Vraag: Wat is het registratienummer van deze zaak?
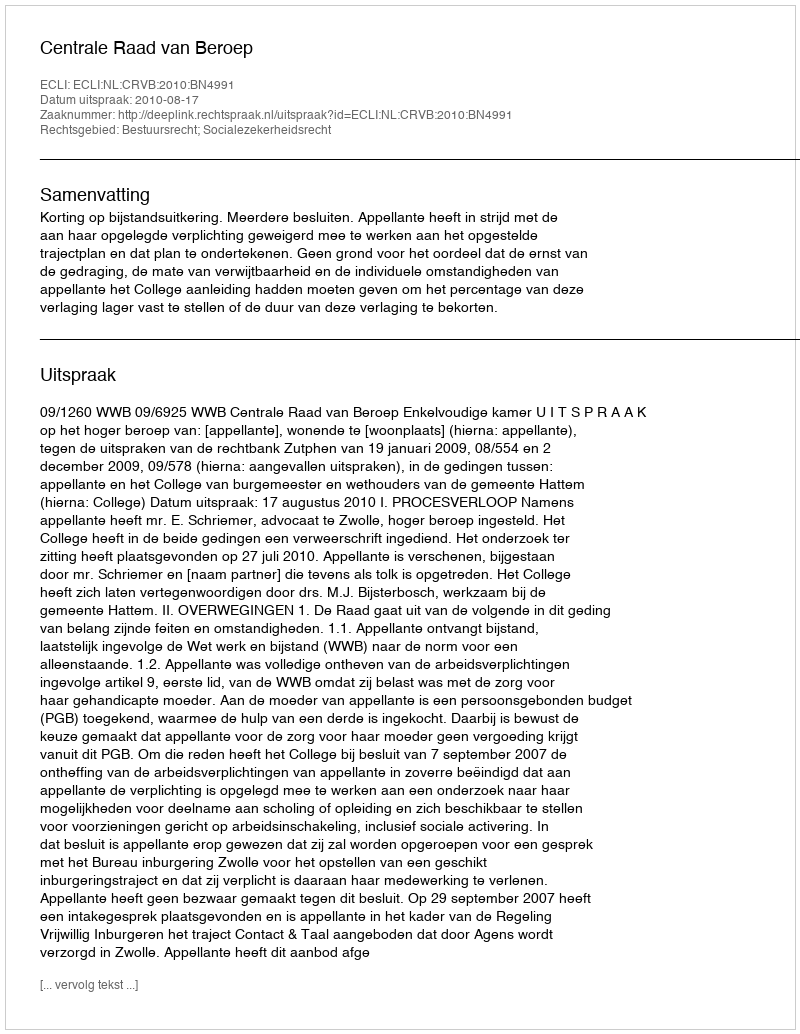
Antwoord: http://deeplink.rechtspraak.nl/uitspraak?id=ECLI:NL:CRVB:2010:BN4991